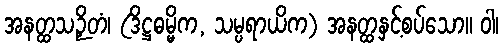
အနတ္ထသဉှိတံ၊ (ဒိဋ္ဌဓမ္မိက, သမ္ပရာယိက) အနတ္ထနှင့်စပ်သော။ ဝါ၊